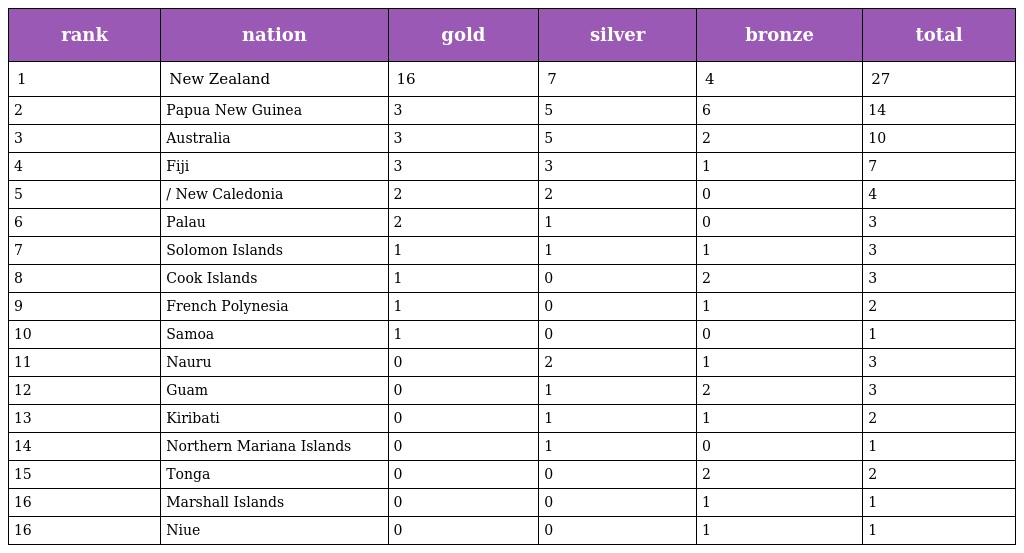
| rank | nation | gold | silver | bronze | total |
 | --- | --- | --- | --- | --- | --- |
 | 1 | New Zealand | 16 | 7 | 4 | 27 |
 | 2 | Papua New Guinea | 3 | 5 | 6 | 14 |
 | 3 | Australia | 3 | 5 | 2 | 10 |
 | 4 | Fiji | 3 | 3 | 1 | 7 |
 | 5 | / New Caledonia | 2 | 2 | 0 | 4 |
 | 6 | Palau | 2 | 1 | 0 | 3 |
 | 7 | Solomon Islands | 1 | 1 | 1 | 3 |
 | 8 | Cook Islands | 1 | 0 | 2 | 3 |
 | 9 | French Polynesia | 1 | 0 | 1 | 2 |
 | 10 | Samoa | 1 | 0 | 0 | 1 |
 | 11 | Nauru | 0 | 2 | 1 | 3 |
 | 12 | Guam | 0 | 1 | 2 | 3 |
 | 13 | Kiribati | 0 | 1 | 1 | 2 |
 | 14 | Northern Mariana Islands | 0 | 1 | 0 | 1 |
 | 15 | Tonga | 0 | 0 | 2 | 2 |
 | 16 | Marshall Islands | 0 | 0 | 1 | 1 |
 | 16 | Niue | 0 | 0 | 1 | 1 |